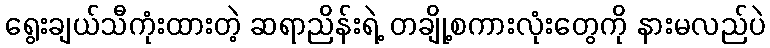
ရွေးချယ်သီကုံးထားတဲ့ ဆရာညိန်းရဲ့ တချို့စကားလုံးတွေကို နားမလည်ပဲ